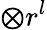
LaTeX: {\boldsymbol{\otimes}}r^{l}